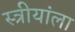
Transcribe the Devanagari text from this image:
स्त्रीयांला